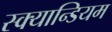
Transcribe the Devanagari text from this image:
स्क्यान्डियम